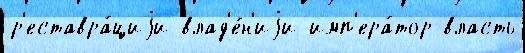
р'еставра́циjи влад'е́н'иjи имп'ера́тор власть